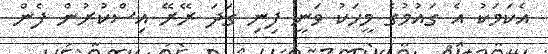
އެކަމަކު އެ ގައުމުގެ މީހަކު ވަނީ ފިނި ގަދަ ރޭރޭ އިސްކުރުން ފެން